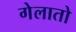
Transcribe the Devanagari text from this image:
गेलातो